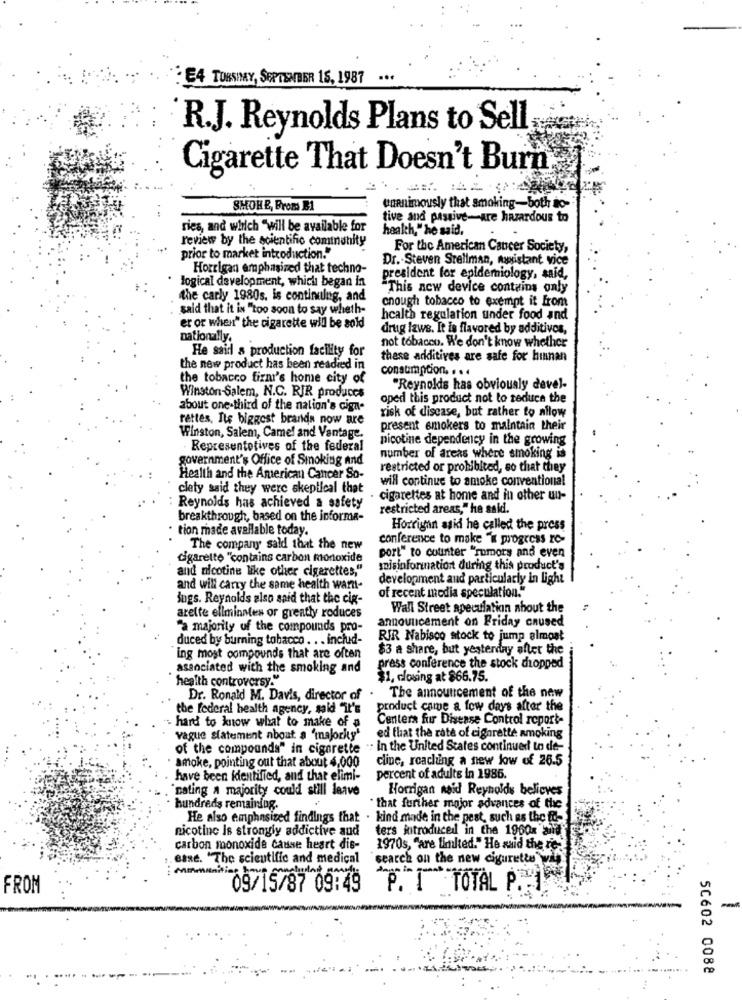
E4 TORSHMY, SEPTEMBER 1S, 1987
R.J. Reynolds Plans to Sell
Cigarette That Doesn't Burn,
SHOHE, Broms B1
unanimously that smoking-both to-
tive and passive-are hazardous to
ries, and which "will be available for
health," he said,
review by the scientific community
.*
For the American Cancer Society,
prior to market introduction."
Dr. Steven Sreliman, maxistant vice
Horrigan emphasized that techno-
logical development, which began in
president for epidemiology, said,
"This new device contains only
the carly 1980s. is continuing, and
enough tobacco to exempt it from
said that it is "too soon to say wheth-
health regulation under food and
er or when" the cigarette will be sold
drug izws. It is flavored by additives,
nationally.
He said a production facility for
not tobacco. We don't know whether
these additives are safe for hinnan
the new product has been readied in
consumption. . ..
the tobacco firm's home city of
Winston-Salem, N.C. RJR produces
"Reynolds has obviously devel.
oped this product not to reduce the
about one-third of the nation's ciga-
risk of disease, but rather to allow
rettes. Its biggest brands now are
present smokers to maintain their
Winston, Salem, Camel and Vantage.
nicotine dependency in the growing
Representatives of the federal
government's Office of Smoking and
number of areas where smoking is
restricted or prohibited, so that they
Health and the American Cancer So-
will continue to smoke conventional
clety said they were skeptical that
cigarettes at home and in other un-
Reynolds has achieved a safety
restricted areas," he said.
breakthrough, based on the informa-
· tion made available today.
Horrigan aski he called the press
conference to make "" progress ro-
The company sald that the new
cigarette "contains carbon monoxide
port" to counter "rumors and even
and nicotine like other cigarettes,"
suisinforination during this product's
development and particularly in light
and will carry the same health warn-
of recent media speculation."
Bugs. Reynolds also said that the cig-
Wall Street speculation shout the
arelte eliminates or greatly roduces
announcement on Friday caused
"a majority of the compounds pro-
duced by burning tobacco . . . includ-
RIR Nabisco stock to jump almost
$3 a share, but yesterday after the
ing most compounds that are often
associated with the smoking and
press conference the stock cropped
health controversy."
$1, closing at 866.75.
Dr. Ronald M. Davis, director of
The announcement of the new
the federal health agency, said "it's
product came a few days after the
Centers for Disease Control roport-
- hard to know what to make of a
vague statement about a "majorky'
ed that the rate of cigarette smoking
of the compounds" in cigarette .. In the United States continued to de-
amoke, pointing out that about 4,000
cline, reaching a new low of 26.5
have been identified, and that elimi-
percent of adults in 1985.
'nating a majority could still leave
Horrigan neid Reynolds believes
hundreds remaining.
that further major advances of the
He also emphasized findings that . kind made in the pest, such as the fo-
nicotine Is strongly addictive aud
ters jutroduced in the 1960x Ma
carbon monoxide cause heart dis-
1970s, "are limited." He said the re-
Base. "The scientific and medical
search on the new cigurette vif
FROM
09/15/87 09:49
P. I TOTAL P .: 1
5C602 0088